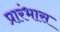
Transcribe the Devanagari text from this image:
प्रारंभास